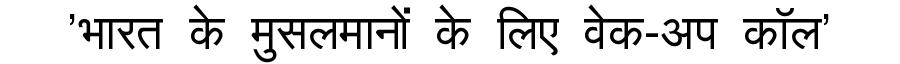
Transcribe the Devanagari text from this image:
'भारत के मुसलमानों के लिए वेक-अप कॉल'